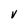
Character: V